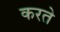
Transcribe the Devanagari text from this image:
करते